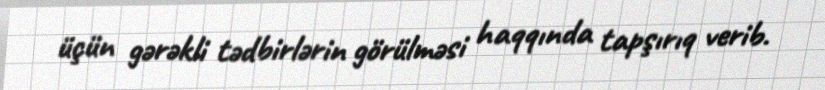
üçün gərəkli tədbirlərin görülməsi haqqında tapşırıq verib.